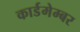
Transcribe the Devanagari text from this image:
कार्डमेम्बर